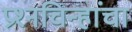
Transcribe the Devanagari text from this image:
प्रश्‍नचिन्हांचा